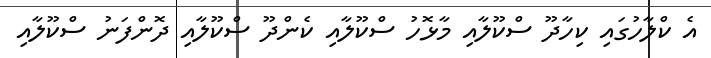
އެ ކްލާހުގައި ކިހާދޫ ސްކޫލާއި މާޅޮހު ސްކޫލާއި ކެންދޫ ސްކޫލާއި ދޮންފަނު ސްކޫލާއި